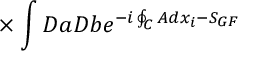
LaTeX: { } ~ ~ ~ ~ ~ \times \int D a D b e ^ { - i \oint _ { C } A d x _ { i } - S _ { G F } }